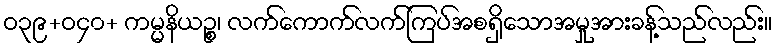
ဝ၃၉+ဝ၄၀+ ကမ္မနိယဉ္စ၊ လက်ကောက်လက်ကြပ်အစရှိသောအမှုအားခန့်သည်လည်း။